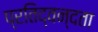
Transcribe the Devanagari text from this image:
प्रतिद्वन्दता